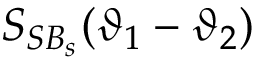
S _ { S B _ { s } } ( \vartheta _ { 1 } - \vartheta _ { 2 } )